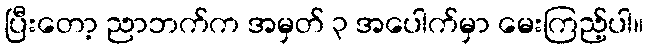
ပြီးတော့ ညာဘက်က အမှတ် ၃ အပေါက်မှာ မေးကြည့်ပါ။